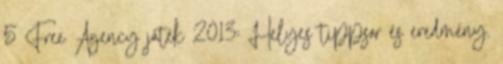
5 Free Agency játék 2013: Helyes tippsor és eredmény.